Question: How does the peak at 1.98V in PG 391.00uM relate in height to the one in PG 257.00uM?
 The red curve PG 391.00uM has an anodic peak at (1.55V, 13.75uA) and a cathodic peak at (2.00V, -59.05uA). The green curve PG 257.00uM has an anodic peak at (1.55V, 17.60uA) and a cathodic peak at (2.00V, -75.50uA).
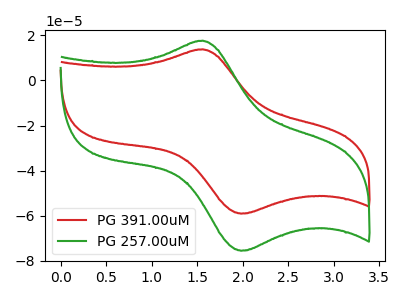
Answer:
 <answer>The peak at 1.98V is lower in "PG 391.00uM" than in "PG 257.00uM".</answer>
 <eval>lower</eval>